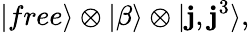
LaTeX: |free\rangle\otimes|\beta\rangle\otimes|\mathbf{j},\mathbf{j}^{3}\rangle,